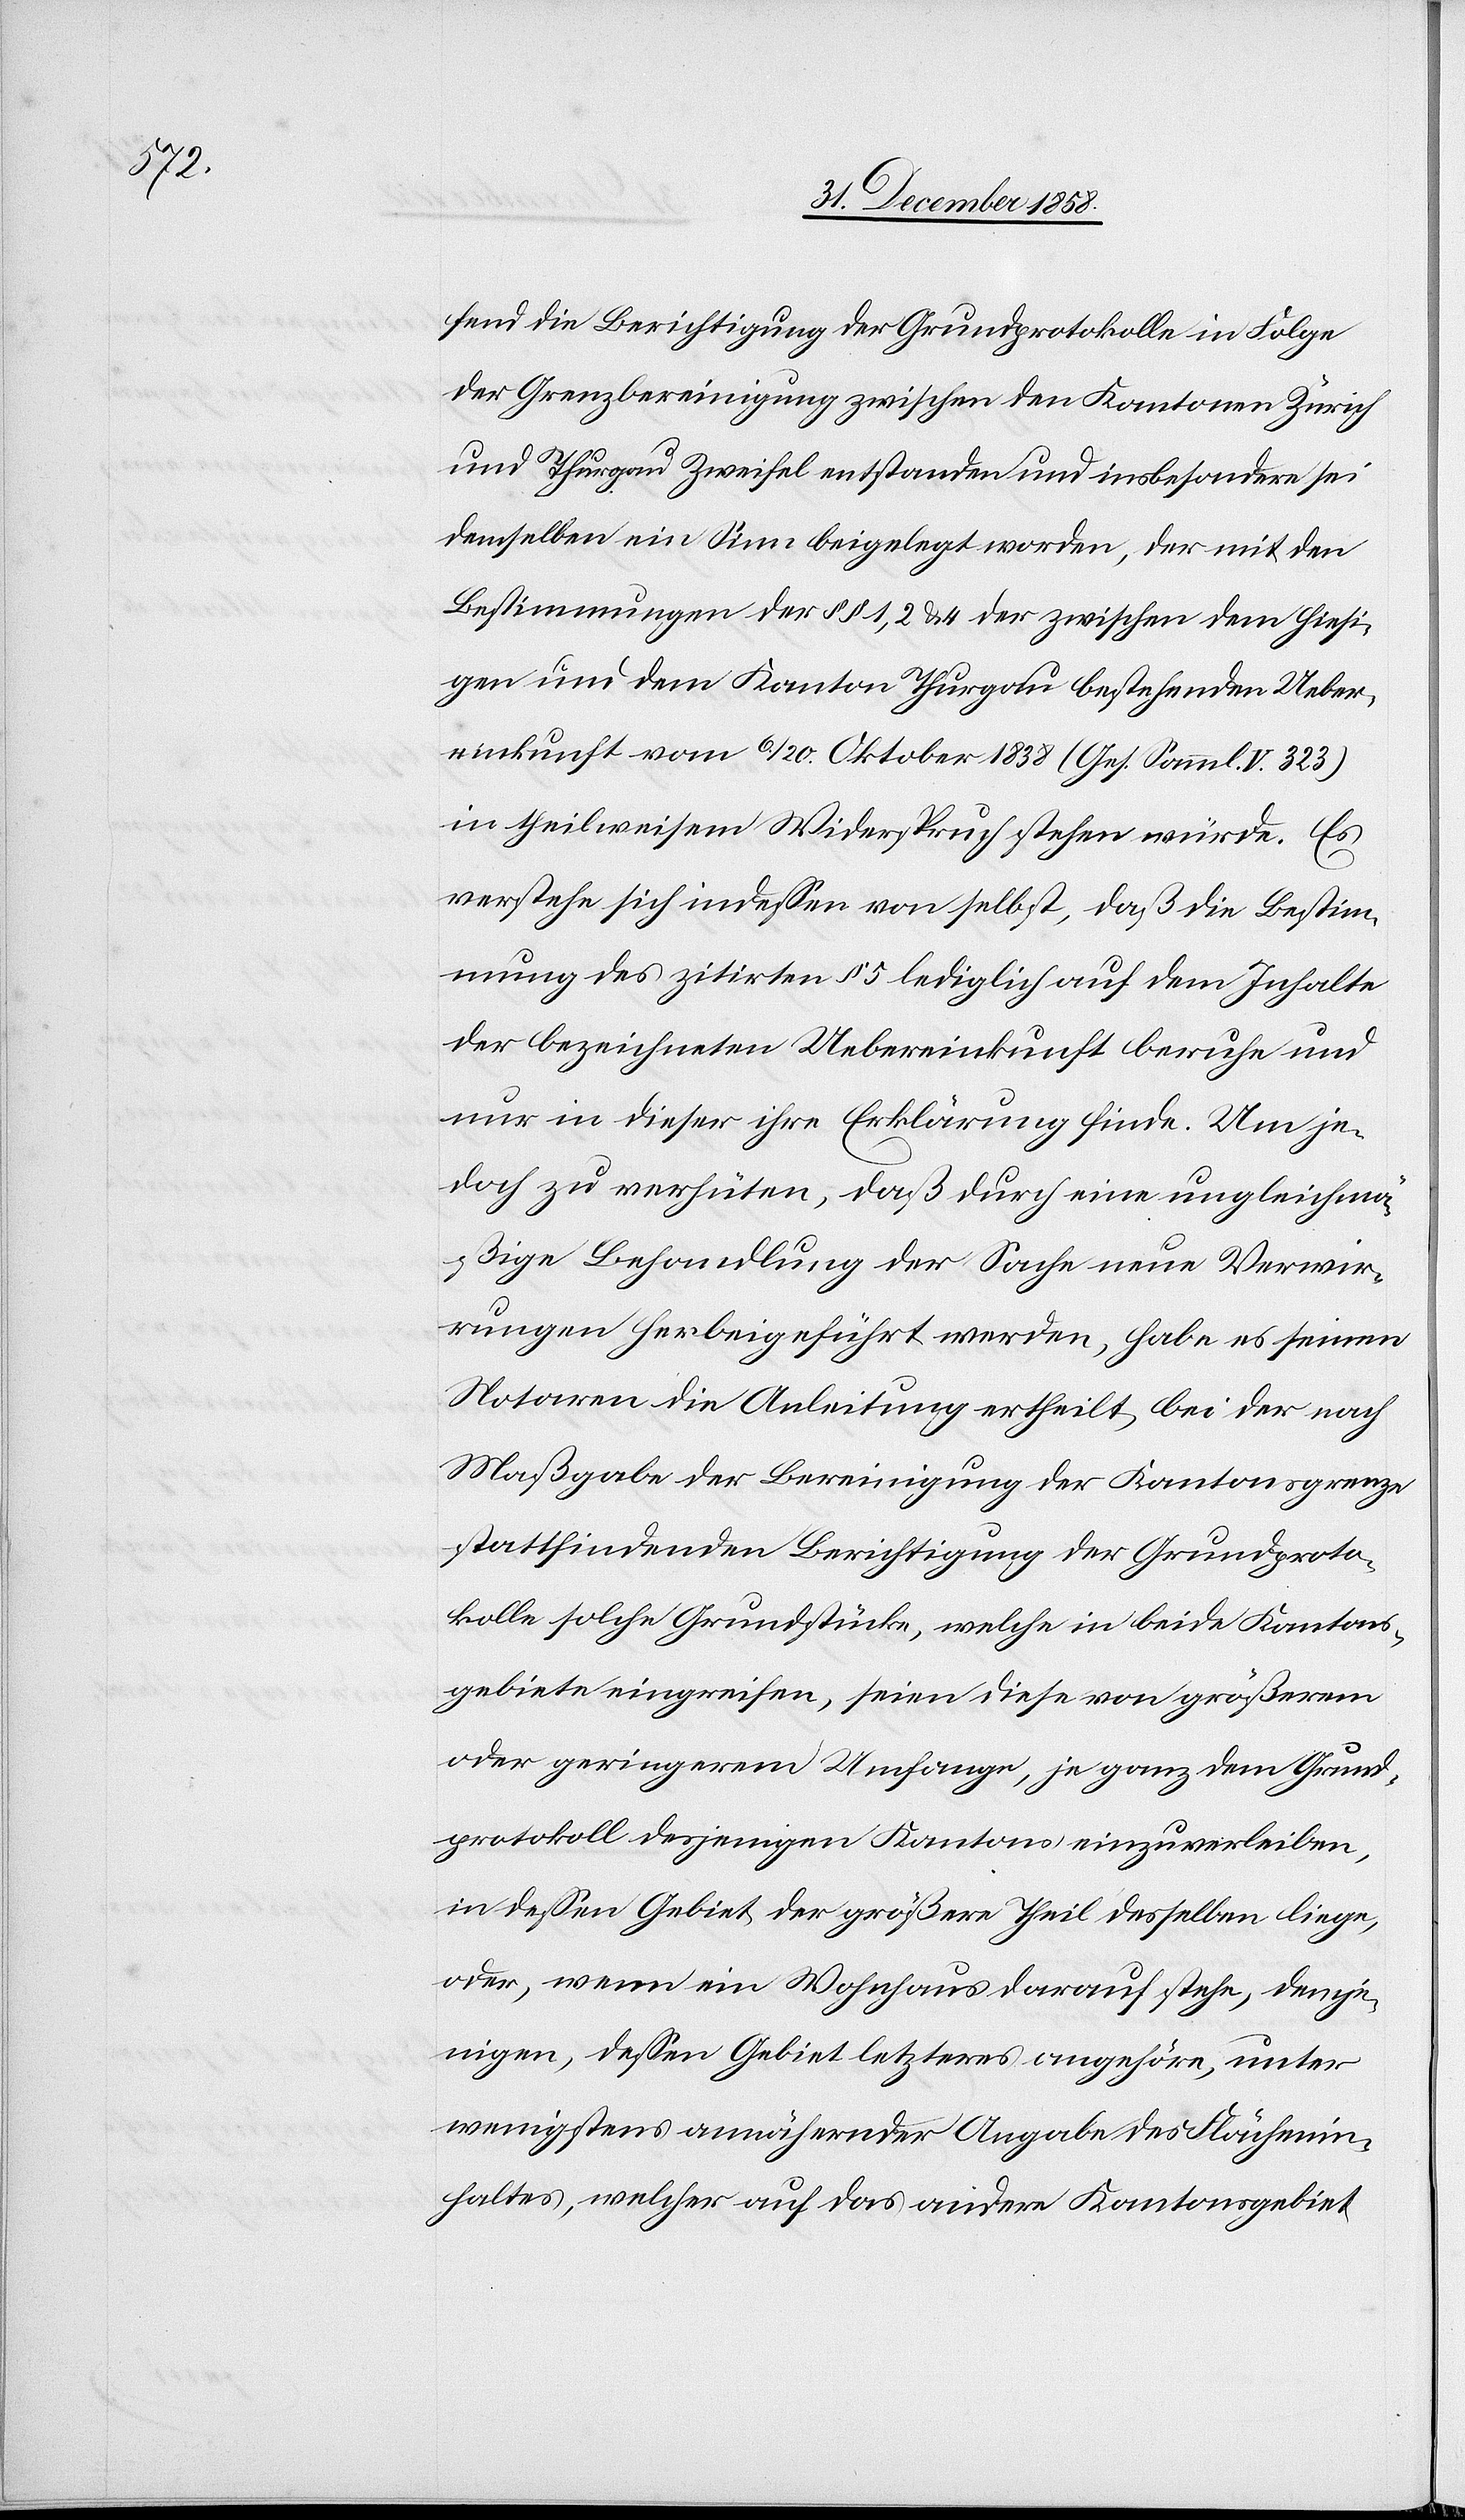
71,02.